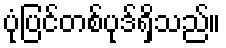
ပုံပြင်တစ်ပုဒ်ရှိသည်။